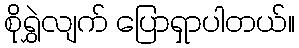
စိုရွှဲလျက် ပြောရှာပါတယ်။